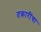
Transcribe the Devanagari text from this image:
तक्रारींचा